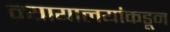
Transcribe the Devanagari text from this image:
न्यायालयांकडून